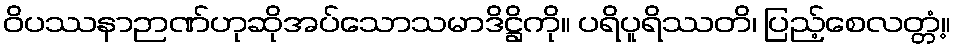
ဝိပဿနာဉာဏ်ဟုဆိုအပ်သောသမာဒိဋ္ဌိကို။ ပရိပူရိဿတိ၊ ပြည့်စေလတ္တံ့။